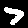
Label: 7